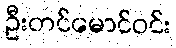
ဦးတင်မောင်ဝင်း